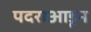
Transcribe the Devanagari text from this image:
पदराआडून